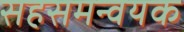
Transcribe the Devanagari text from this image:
सहसमन्वयक